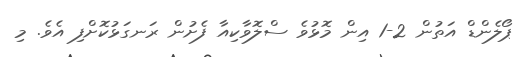
ޕޯލެންޑް އަތުން 2-1 އިން މޮޅުވެ ސްލޮވާކިއާ ފެށުން ރަނގަޅުކޮށްފި އެވެ. މި